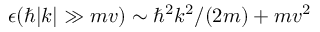
\epsilon ( \hbar | k | \gg m v ) \sim \hbar ^ { 2 } k ^ { 2 } / ( 2 m ) + m v ^ { 2 }